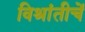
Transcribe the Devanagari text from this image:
विश्रांतीचें